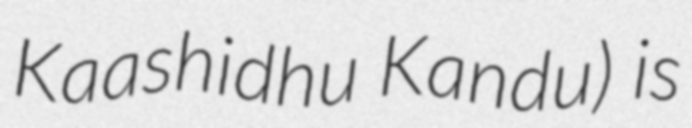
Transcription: Kaashidhu Kandu) is